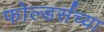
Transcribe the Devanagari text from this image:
फोल्डर्सच्या